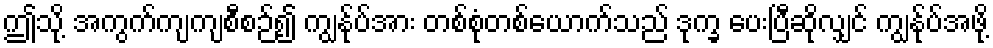
ဤသို့ အကွက်ကျကျစီစဉ်၍ ကျွန်ုပ်အား တစ်စုံတစ်ယောက်သည် ဒုက္ခ ပေးပြီဆိုလျှင် ကျွန်ုပ်အဖို့